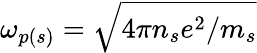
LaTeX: \omega_{p(s)}=\sqrt{4\pi n_{s}e^{2}/m_{s}}